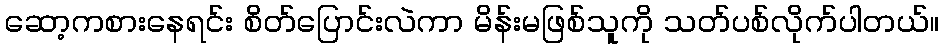
ဆော့ကစားနေရင်း စိတ်ပြောင်းလဲကာ မိန်းမဖြစ်သူကို သတ်ပစ်လိုက်ပါတယ်။